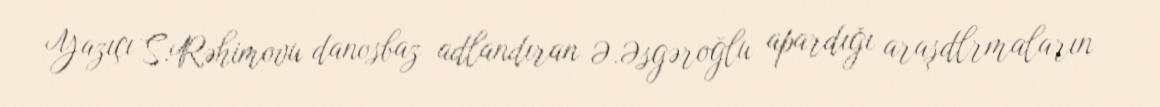
Yazıçı S.Rəhimovu danosbaz adlandıran Ə.Əsgəroğlu apardığı araşdlrmaların